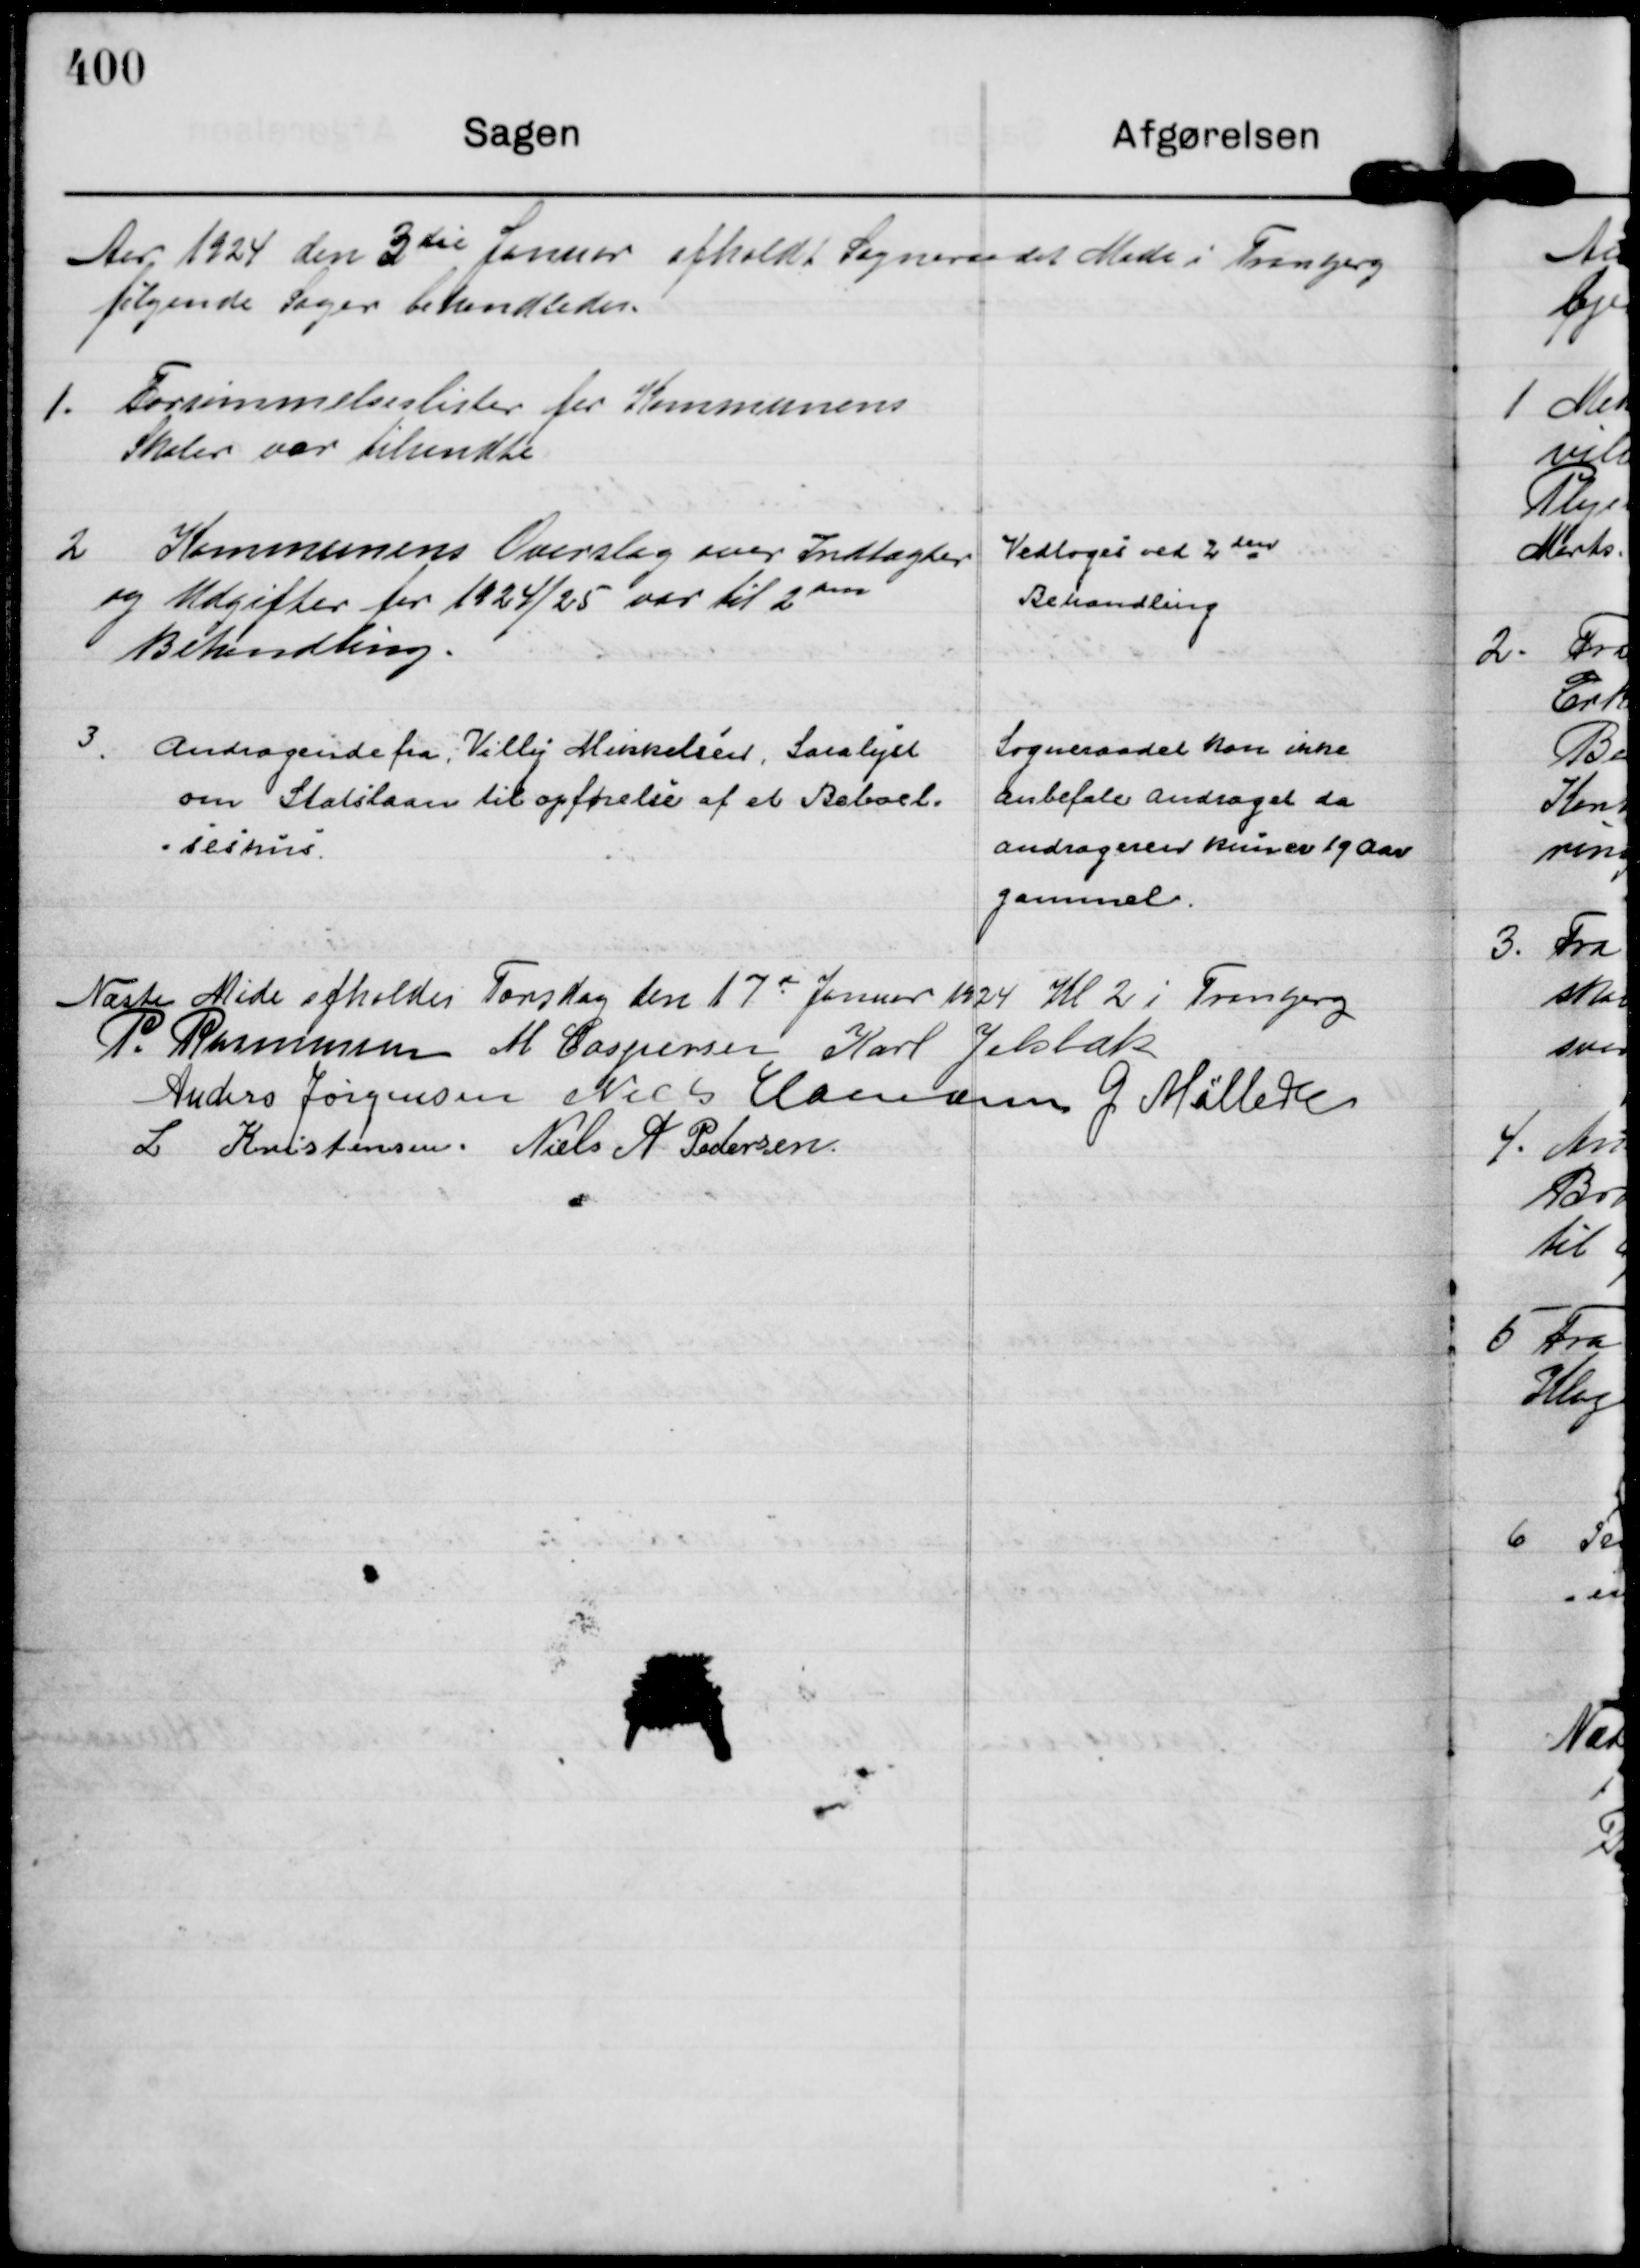
Transskription:
Aar 1924 den 3 die Januar afholdt Sogneraadet Møde i Tranbjerg
følgende Sager behandledes.

1.
Forsømmelseslister for Kommunens
Skoler var tilsendte

2
Kommunens Overslag over Indtægter
og Udgifter for 1924/25 var til 2 
den
Behandling.

Vedtoges ved 2 den
Behandling

3.
Andragende fra, Villy Mikkelsen, Saralyst
om Statslaan til opførelse af et Beboel=
=seshus

Sogneraadet kan ikke
anbefale andraget da
andrageren kun er 19 Aar 
gammel.

Næste Møde afholdes Torsdag den 17 
de
Januar 1924 Kl 2 i Tranbjerg 
P. Rasmussen
M Caspersen
Karl Jelsbak
Anders Jørgensen
Niels Hamann
G Møller
L Kristensen.
Niels A Pedersen.